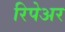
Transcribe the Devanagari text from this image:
रिपेअर